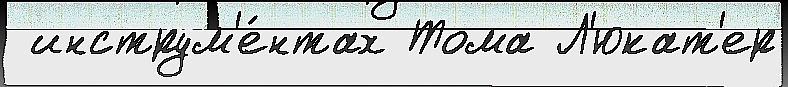
 инструм'е́нтах Тома Л'юкат'ер